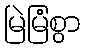
မြဲမြံစွာ